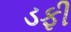
ડફી